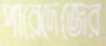
পারেদেজের